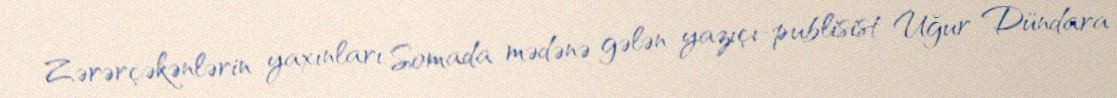
Zərərçəkənlərin yaxınları Somada mədənə gələn yazıçı-publisist Uğur Dündara